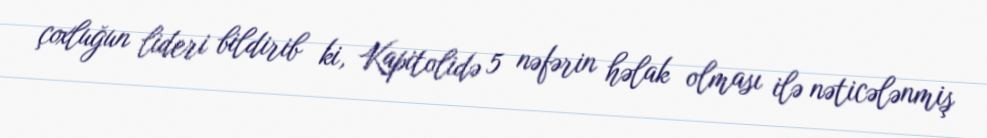
çoxluğun lideri bildirib ki, Kapitolidə 5 nəfərin həlak olması ilə nəticələnmiş